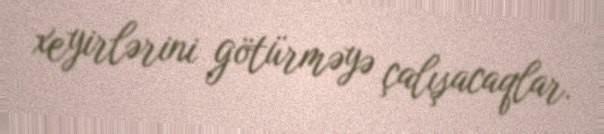
xeyirlərini götürməyə çalışacaqlar.